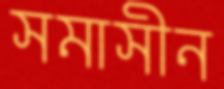
সমাসীন